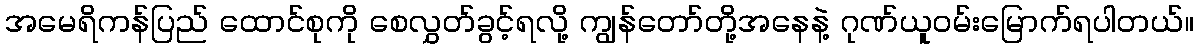
အမေရိကန်ပြည် ထောင်စုကို စေလွှတ်ခွင့်ရလို့ ကျွန်တော်တို့အနေနဲ့ ဂုဏ်ယူဝမ်းမြောက်ရပါတယ်။